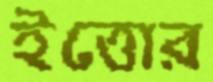
ইত্তোর